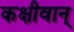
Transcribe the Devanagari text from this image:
कक्षीवान्‌